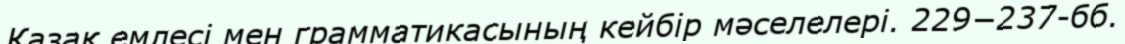
Қазақ емлесі мен грамматикасының кейбір мәселелері. 229−237-бб.